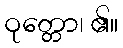
ဝုတ္တော၊ ၏။